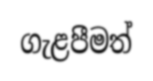
ගැළපීමත්